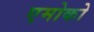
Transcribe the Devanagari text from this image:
एमोको